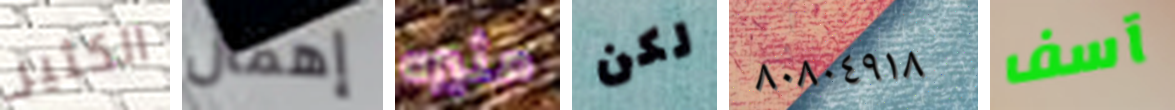
الكثير إهمال مثيره لكن ٨٠٨٠٤٩١٨ آسف